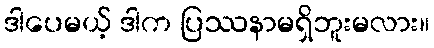
ဒါပေမယ့် ဒါက ပြဿနာမရှိဘူးမလား။